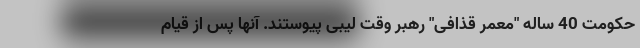
حکومت 40 ساله "معمر قذافی" رهبر وقت لیبی پیوستند. آنها پس از قیام